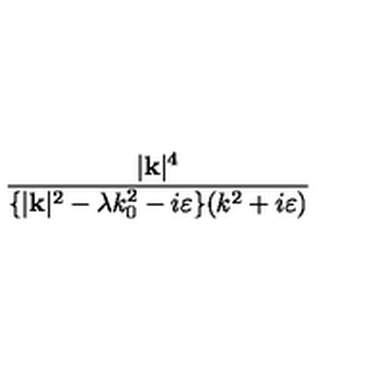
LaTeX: \frac { | \mathbf { k } | ^ { 4 } } { \{ | \mathbf { k } | ^ { 2 } - \lambda k _ { 0 } ^ { 2 } - i \varepsilon \} ( k ^ { 2 } + i \varepsilon ) }